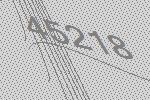
45218